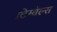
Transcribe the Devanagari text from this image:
टिम्बेल्स